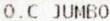
O.C JUMBO